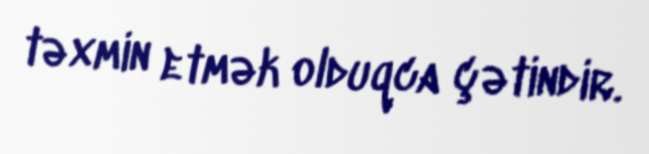
təxmin etmək olduqca çətindir.